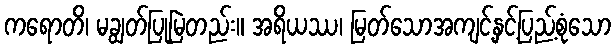
ကရောတိ၊ မချွတ်ပြုမြဲတည်း။ အရိယဿ၊ မြတ်သောအကျင့်နှင့်ပြည့်စုံသော